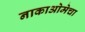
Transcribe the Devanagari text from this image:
नाकाओमेचा